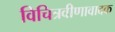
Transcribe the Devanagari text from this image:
विचित्रवीणावादक